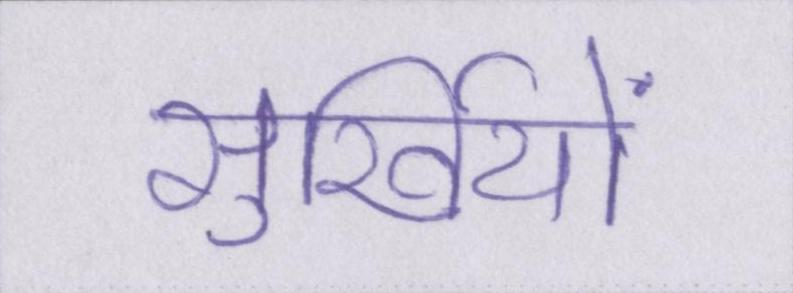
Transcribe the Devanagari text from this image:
सुर्खियों